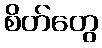
စိတ်တွေ